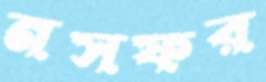
নসফর